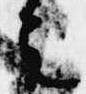
者